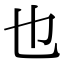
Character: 也